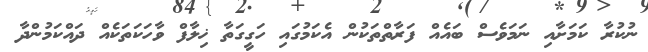
ނުކުރާ ކަމަށާއި ނަމަވެސް ބައެއް ފަރާތްތަކުން އެކަމުގައި ހަގީގަތާ ޚިލާފް ވާހަކަތަކެއް ދައްކަމުންދާ